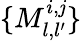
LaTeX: \{ M_{l,l^{\prime}}^{i,\mathit{j}}\}